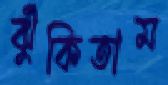
ঝুঁকিতাম